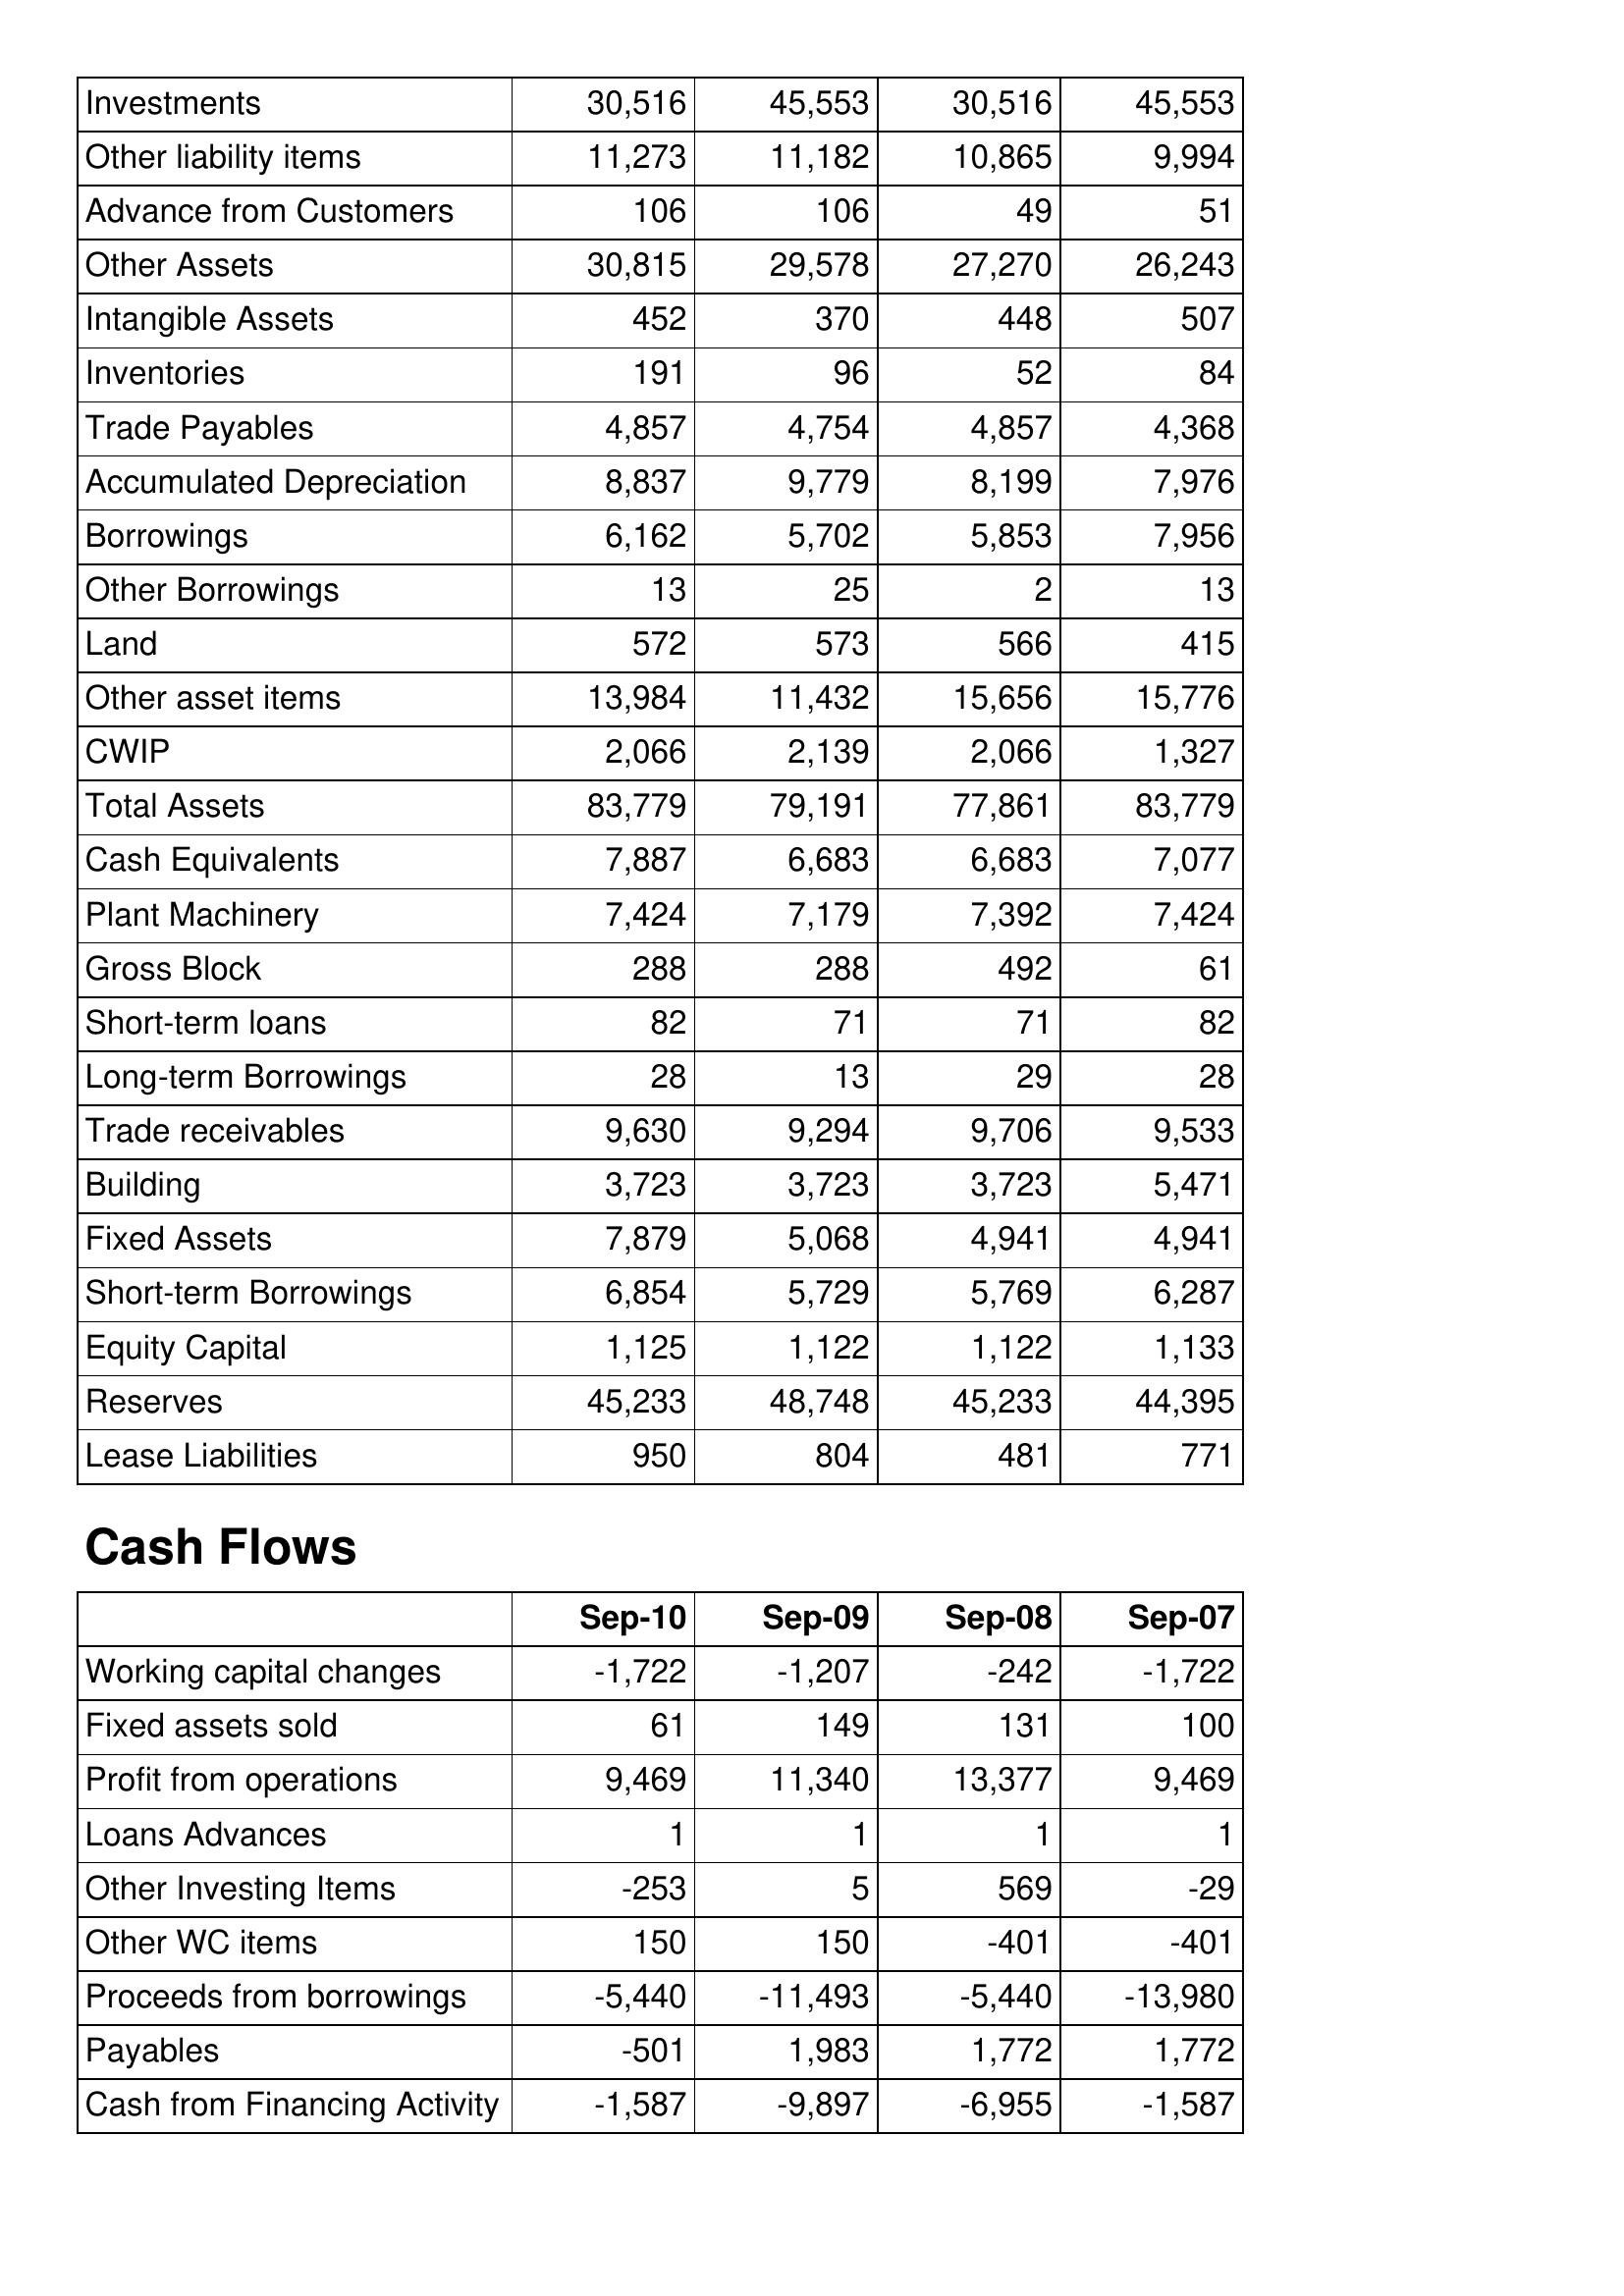
Sep-10: Balance Sheet: Investments: 30,516
Other liability items: 11,273
Advance from Customers: 106
Other Assets: 30,815
Intangible Assets: 452
Inventories: 191
Trade Payables: 4,857
Accumulated Depreciation: 8,837
Borrowings: 6,162
Other Borrowings: 13
Land: 572
Other asset items: 13,984
CWIP: 2,066
Total Assets: 83,779
Cash Equivalents: 7,887
Plant Machinery: 7,424
Gross Block: 288
Short-term loans: 82
Long-term Borrowings: 28
Trade receivables: 9,630
Building: 3,723
Fixed Assets: 7,879
Short-term Borrowings: 6,854
Equity Capital: 1,125
Reserves: 45,233
Lease Liabilities: 950
Cash Flows: Working capital changes: -1,722
Fixed assets sold: 61
Profit from operations: 9,469
Loans Advances: 1
Other Investing Items: -253
Other WC items: 150
Proceeds from borrowings: -5,440
Payables: -501
Cash from Financing Activity: -1,587
Sep-09: Balance Sheet: Investments: 45,553
Other liability items: 11,182
Advance from Customers: 106
Other Assets: 29,578
Intangible Assets: 370
Inventories: 96
Trade Payables: 4,754
Accumulated Depreciation: 9,779
Borrowings: 5,702
Other Borrowings: 25
Land: 573
Other asset items: 11,432
CWIP: 2,139
Total Assets: 79,191
Cash Equivalents: 6,683
Plant Machinery: 7,179
Gross Block: 288
Short-term loans: 71
Long-term Borrowings: 13
Trade receivables: 9,294
Building: 3,723
Fixed Assets: 5,068
Short-term Borrowings: 5,729
Equity Capital: 1,122
Reserves: 48,748
Lease Liabilities: 804
Cash Flows: Working capital changes: -1,207
Fixed assets sold: 149
Profit from operations: 11,340
Loans Advances: 1
Other Investing Items: 5
Other WC items: 150
Proceeds from borrowings: -11,493
Payables: 1,983
Cash from Financing Activity: -9,897
Sep-08: Balance Sheet: Investments: 30,516
Other liability items: 10,865
Advance from Customers: 49
Other Assets: 27,270
Intangible Assets: 448
Inventories: 52
Trade Payables: 4,857
Accumulated Depreciation: 8,199
Borrowings: 5,853
Other Borrowings: 2
Land: 566
Other asset items: 15,656
CWIP: 2,066
Total Assets: 77,861
Cash Equivalents: 6,683
Plant Machinery: 7,392
Gross Block: 492
Short-term loans: 71
Long-term Borrowings: 29
Trade receivables: 9,706
Building: 3,723
Fixed Assets: 4,941
Short-term Borrowings: 5,769
Equity Capital: 1,122
Reserves: 45,233
Lease Liabilities: 481
Cash Flows: Working capital changes: -242
Fixed assets sold: 131
Profit from operations: 13,377
Loans Advances: 1
Other Investing Items: 569
Other WC items: -401
Proceeds from borrowings: -5,440
Payables: 1,772
Cash from Financing Activity: -6,955
Sep-07: Balance Sheet: Investments: 45,553
Other liability items: 9,994
Advance from Customers: 51
Other Assets: 26,243
Intangible Assets: 507
Inventories: 84
Trade Payables: 4,368
Accumulated Depreciation: 7,976
Borrowings: 7,956
Other Borrowings: 13
Land: 415
Other asset items: 15,776
CWIP: 1,327
Total Assets: 83,779
Cash Equivalents: 7,077
Plant Machinery: 7,424
Gross Block: 61
Short-term loans: 82
Long-term Borrowings: 28
Trade receivables: 9,533
Building: 5,471
Fixed Assets: 4,941
Short-term Borrowings: 6,287
Equity Capital: 1,133
Reserves: 44,395
Lease Liabilities: 771
Cash Flows: Working capital changes: -1,722
Fixed assets sold: 100
Profit from operations: 9,469
Loans Advances: 1
Other Investing Items: -29
Other WC items: -401
Proceeds from borrowings: -13,980
Payables: 1,772
Cash from Financing Activity: -1,587